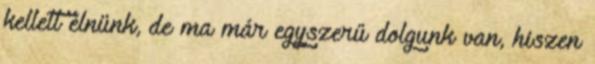
kellett élnünk, de ma már egyszerű dolgunk van, hiszen